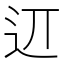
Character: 䢋